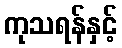
ကုသရန်နှင့်